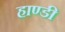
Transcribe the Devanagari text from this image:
हाण्डी